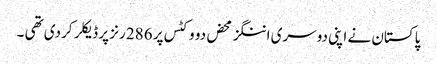
پاکستان نے اپنی دوسری اننگز محض دو وکٹس پر 286 رنز پر ڈیکلر کردی تھی ۔